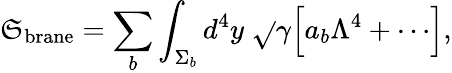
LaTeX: \mathfrak{S}_{\mathrm{{brane}}}=\sum_{b}\int_{\Sigma_{b}}d^{4}y\; \sqrt{}{\gamma}\Bigl[a_{b}\Lambda^{4}+\cdots\Bigr],